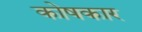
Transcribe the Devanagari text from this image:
काेषकार